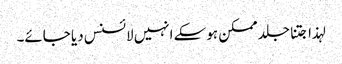
لہذا جتنا جلد ممکن ہوسکے انہیں لائسنس دیا جائے۔